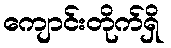
ကျောင်းတိုက်ရှိ